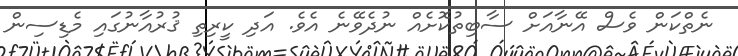
ނެތްކަން ވެސް އޭނާއަށް ސާބިތުކޮށެއް ނުދެވޭނެ އެވެ. އަދި ކީރިތި ޤުރުއާނުގައި މެޑިސިން